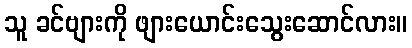
သူ ခင်ဗျားကို ဖျားယောင်းသွေးဆောင်လား။